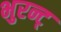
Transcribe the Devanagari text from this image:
भुरन्ट्